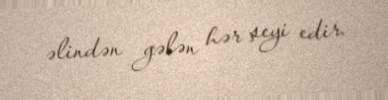
əlindən gələn hər şeyi edir.